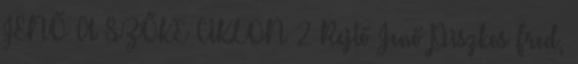
JENŐ A SZŐKE CIKLON 2 Rejtő Jenő Piszkos Fred,